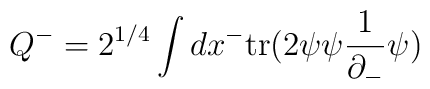
Q^-=2^{1/4}\int dx^-\mbox{tr}(2\psi\psi\frac{1}{\partial_-}\psi)